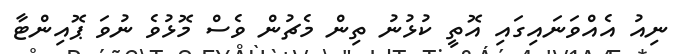
ނިއު އެއްވަނައިގައި އޮތީ ކުޅުނު ތިން މެޗުން ވެސް މޮޅުވެ ނުވަ ޕޮއިންޓާ